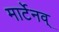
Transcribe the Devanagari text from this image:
मार्टेनव्